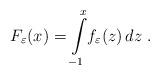
LaTeX: \begin{align*}F_\varepsilon (x) = \int\limits_{-1}^x \! f_\varepsilon (z) \, dz\;.\end{align*}